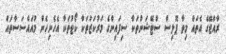
ރާއްޖޭގެ އެތައް މިތާ ޕޮލިސް ސްޓޭޝަންތަކާ ސިފައިންގެ މަރުކަޒުތަކާ ކޯޓުތަކާ އެހެނިހެން މުއައްސަސާތައް